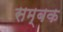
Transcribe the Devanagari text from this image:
सम्बक